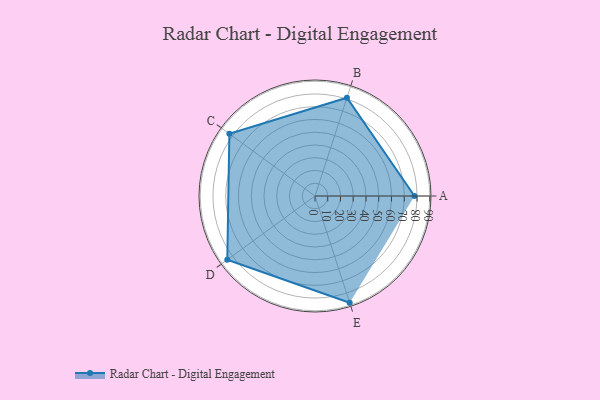
{"axis": {"x": "Skill", "y": "Score"}, "legend": ["Profile"], "data": [{"x": "A", "y": 78.0, "type": "Profile"}, {"x": "B", "y": 81.0, "type": "Profile"}, {"x": "C", "y": 83.0, "type": "Profile"}, {"x": "D", "y": 85.0, "type": "Profile"}, {"x": "E", "y": 88.0, "type": "Profile"}]}